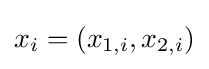
x_{i}=(x_{1,i},x_{2,i})